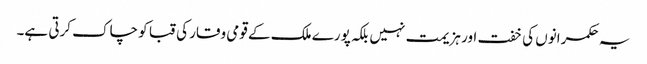
یہ حکمرانوں کی خفت اور ہزیمت نہیں بلکہ پورے ملک کے قومی وقار کی قبا کو چاک کرتی ہے۔